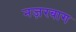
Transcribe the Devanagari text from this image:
नज़रबाग